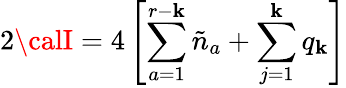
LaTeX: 2{\calI}=4\left[\sum_{a=1}^{r-\mathbf{k}}\tilde{{n}}_{a}+\sum_{j=1}^{\mathbf{k}}q_{\mathbf{k}}\right]